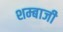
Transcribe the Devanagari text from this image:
शम्बाजी